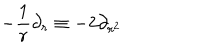
- \frac { 1 } { r } \partial _ { r } \equiv - 2 \partial _ { r ^ { 2 } }